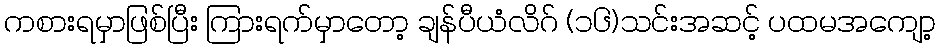
ကစားရမှာဖြစ်ပြီး ကြားရက်မှာတော့ ချန်ပီယံလိဂ် (၁၆)သင်းအဆင့် ပထမအကျော့